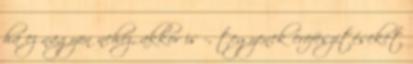
ha ez nagyon nehéz, akkor is -, tegyenek erõfeszítéseket